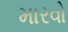
મારવો